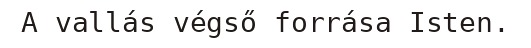
A vallás végső forrása Isten.